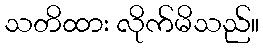
သတိထား လိုက်မိသည်။